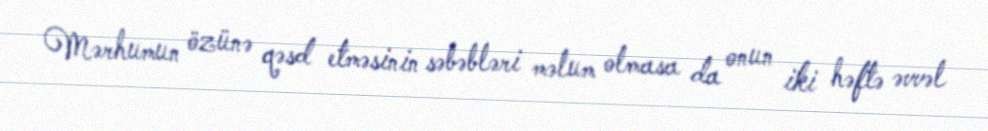
Mərhumun özünə qəsd etməsinin səbəbləri məlum olmasa da onun iki həftə əvvəl